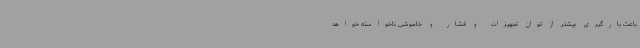
باعث بارگیری بیشتر از توان تجهیزات و فشار و خاموشی ناخواسته خواهد